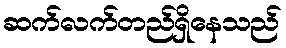
ဆက်လက်တည်ရှိနေသည်